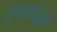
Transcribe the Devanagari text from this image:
पुगाङ्हानुन